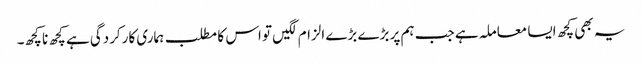
یہ بھی کچھ ایسا معاملہ ہے جب ہم پر بڑے بڑے الزام لگیں تو اس کا مطلب ہماری کارکردگی ہے کچھ نا کچھ۔